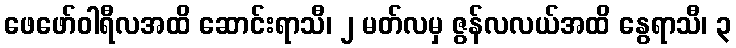
ဖေဖော်ဝါရီလအထိ ဆောင်းရာသီ၊ ၂ မတ်လမှ ဇွန်လလယ်အထိ နွေရာသီ၊ ၃